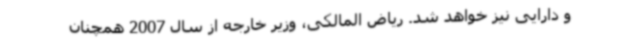
و دارایی نیز خواهد شد. ریاض المالکی، وزیر خارجه از سال 2007 همچنان